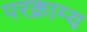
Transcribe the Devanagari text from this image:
परक्राम्‍य